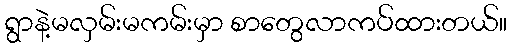
ရွာနဲ့မလှမ်းမကမ်းမှာ စာတွေလာကပ်ထားတယ်။